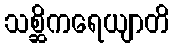
သစ္ဆိကရေယျာတိ